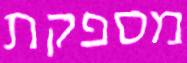
מספקת